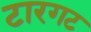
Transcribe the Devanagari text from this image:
टारगट